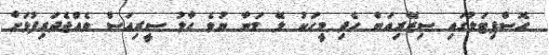
ހޮސްޕިޓަލުގައި ސިޒޭރިއަން ހެދި މީހަކު ލޭ މަނާ ނުވެ ހާލު ސީރިއަސް ވެއްޖެދަރިފުޅަށް